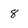
Character: 8